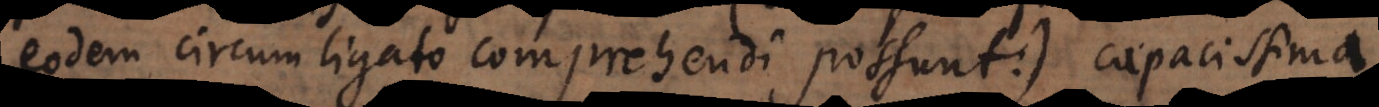
eodem circumligato comprehendi possunt) capacissima.